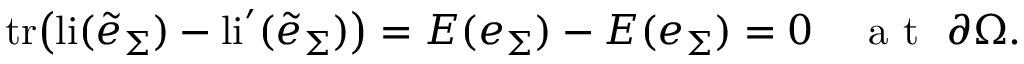
\mathrm { t r } \big ( \mathrm { l i } ( \tilde { e } _ { \Sigma } ) - \mathrm { l i } ^ { \prime } ( \tilde { e } _ { \Sigma } ) \big ) = E ( e _ { \Sigma } ) - E ( e _ { \Sigma } ) = 0 \quad \mathrm { ~ a ~ t ~ } \ \partial \Omega .